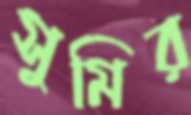
সুমির